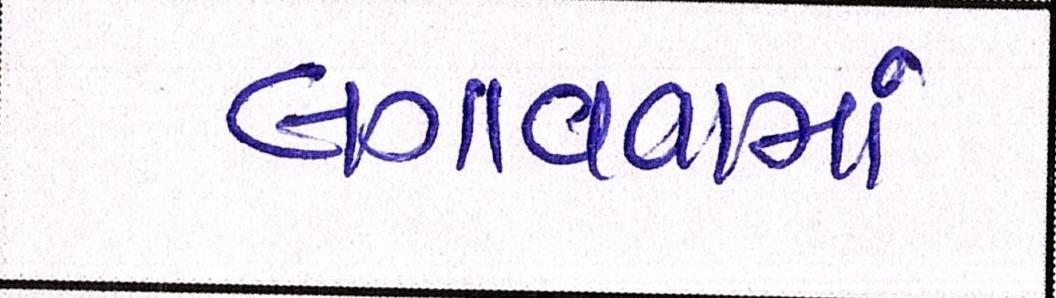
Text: લગાવવામાં